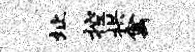
址控拱禽